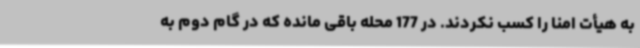
به هیأت امنا را کسب نکردند. در 177 محله باقی مانده که در گام دوم به